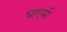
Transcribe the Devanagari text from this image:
घाएमी